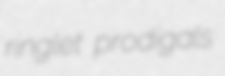
ringlet prodigals